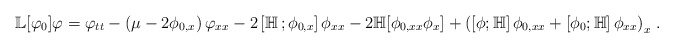
\begin{align*}\mathbb{L}[\varphi_0]\varphi=\varphi_{tt}-\left(\mu-2\phi_{0,x}\right)\varphi_{xx}-2\left[\mathbb H\,;\phi_{0,x}\right]\phi_{xx}-2\mathbb H[\phi_{0,xx}\phi_x]+\left(\left[\phi;\mathbb H\right]\phi_{0,xx}+\left[\phi_0;\mathbb H\right]\phi_{xx}\right)_x\,.\end{align*}